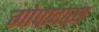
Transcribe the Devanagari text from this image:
गोपादात्य